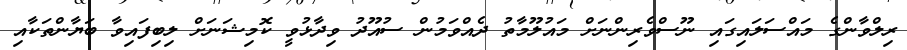
ރިލްވާންގެ މައްސަލައިގައި ނޫސްވެރިންނަށް މައުލޫމާތު ދެއްވަމުން ސުއޫދު ވިދާޅުވީ ކޮމިޝަނަށް ލިބިފައިވާ ބަޔާންތަކާއި